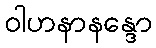
ဝါဟနာနန္ဒော